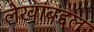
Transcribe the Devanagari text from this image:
लेखांबद्दल